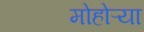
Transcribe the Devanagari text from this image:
मोहोऱ्या